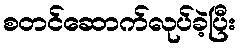
စတင်ဆောက်လုပ်ခဲ့ပြီး